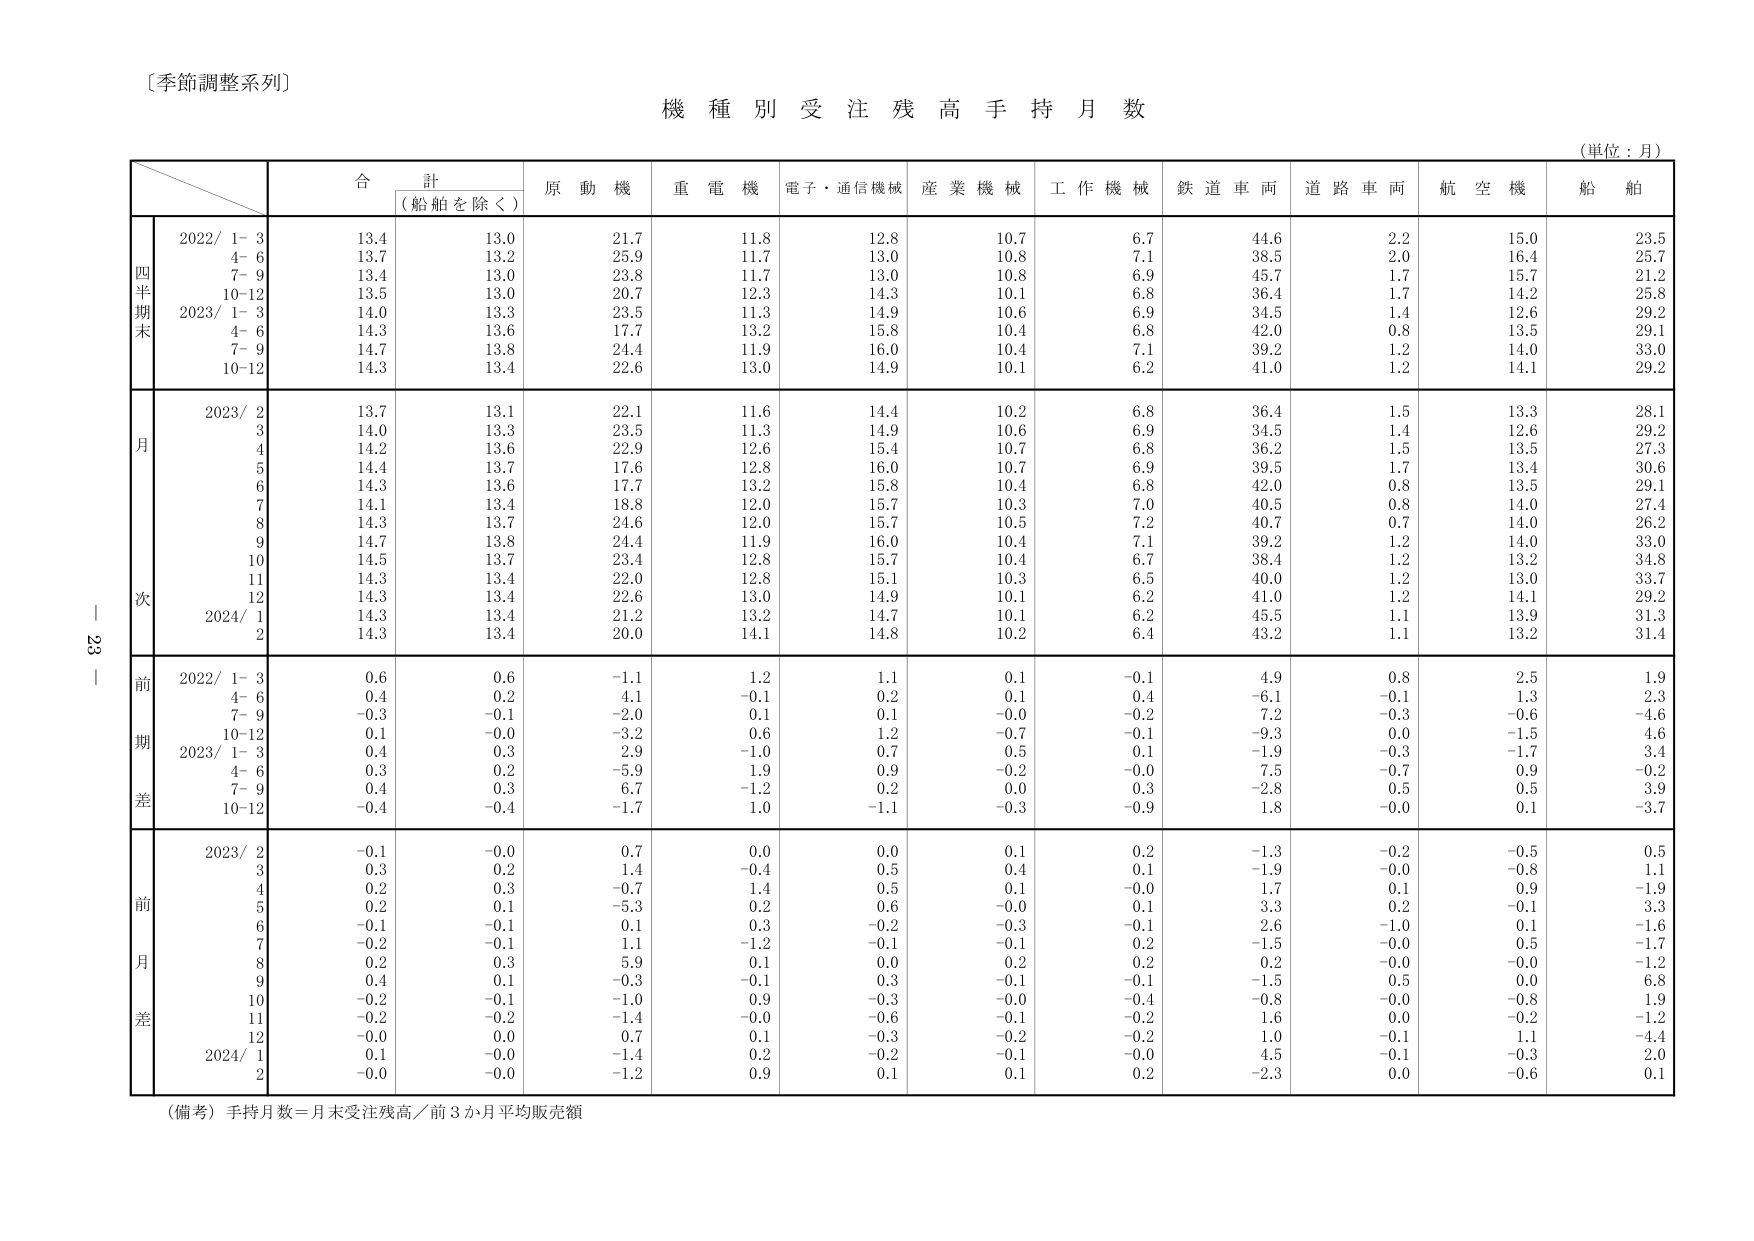
〔季節調整系列〕
機 種 別 受 注 残 高 手 持 月 数
（単位：月）
合 計
（船舶を除く）
原 動 機
重 電 機
電子・通信機械
産 業 機 械
工 作 機 械
鉄 道 車 両
道 路 車 両
航 空 機
船 舶
四
半
期
末
2022/ 1- 3
13.4
13.0
21.7
11.8
12.8
10.7
6.7
44.6
2.2
15.0
23.5
4- 6
13.7
13.2
25.9
11.7
13.0
10.8
7.1
38.5
2.0
16.4
25.7
7- 9
13.4
13.0
23.8
11.7
13.0
10.8
6.9
45.7
1.7
15.7
21.2
10-12
13.5
13.0
20.7
12.3
14.3
10.1
6.8
36.4
1.7
14.2
25.8
2023/ 1- 3
14.0
13.3
23.5
11.3
14.9
10.6
6.9
34.5
1.4
12.6
29.2
4- 6
14.3
13.6
17.7
13.2
15.8
10.4
6.8
42.0
0.8
13.5
29.1
7- 9
14.7
13.8
24.4
11.9
16.0
10.4
7.1
39.2
1.2
14.0
33.0
10-12
14.3
13.4
22.6
13.0
14.9
10.1
6.2
41.0
1.2
14.1
29.2
月
次
2023/ 2
13.7
13.1
22.1
11.6
14.4
10.2
6.8
36.4
1.5
13.3
28.1
3
14.0
13.3
23.5
11.3
14.9
10.6
6.9
34.5
1.4
12.6
29.2
4
14.2
13.6
22.9
12.6
15.4
10.7
6.8
36.2
1.5
13.5
27.3
5
14.4
13.7
17.6
12.8
16.0
10.7
6.9
39.5
1.7
13.4
30.6
6
14.3
13.6
17.7
13.2
15.8
10.4
6.8
42.0
0.8
13.5
29.1
7
14.1
13.4
18.8
12.0
15.7
10.3
7.0
40.5
0.8
14.0
27.4
8
14.3
13.7
24.6
12.0
15.7
10.5
7.2
40.7
0.7
14.0
26.2
9
14.7
13.8
24.4
11.9
16.0
10.4
7.1
39.2
1.2
14.0
33.0
10
14.5
13.7
23.4
12.8
15.7
10.4
6.7
38.4
1.2
13.2
34.8
11
14.3
13.4
22.0
12.8
15.1
10.3
6.5
40.0
1.2
13.0
33.7
12
14.3
13.4
22.6
13.0
14.9
10.1
6.2
41.0
1.2
14.1
29.2
2024/ 1
14.3
13.4
21.2
13.2
14.7
10.1
6.2
45.5
1.1
13.9
31.3
2
14.3
13.4
20.0
14.1
14.8
10.2
6.4
43.2
1.1
13.2
31.4
前
期
差
2022/ 1- 3
0.6
0.6
-1.1
1.2
1.1
0.1
-0.1
4.9
0.8
2.5
1.9
4- 6
0.4
0.2
4.1
-0.1
0.2
0.1
0.4
-6.1
-0.1
1.3
2.3
7- 9
-0.3
-0.1
-2.0
0.1
0.1
-0.0
-0.2
7.2
-0.3
-0.6
-4.6
10-12
0.1
-0.0
-3.2
0.6
1.2
-0.7
-0.1
-9.3
0.0
-1.5
4.6
2023/ 1- 3
0.4
0.3
2.9
-1.0
0.7
0.5
0.1
-1.9
-0.3
-1.7
3.4
4- 6
0.3
0.2
-5.9
1.9
0.9
-0.2
-0.0
7.5
-0.7
0.9
-0.2
7- 9
0.4
0.3
6.7
-1.2
0.2
0.0
0.3
-2.8
0.5
0.5
3.9
10-12
-0.4
-0.4
-1.7
1.0
-1.1
-0.3
-0.9
1.8
-0.0
0.1
-3.7
前
月
差
2023/ 2
-0.1
-0.0
0.7
0.0
0.0
0.1
0.2
-1.3
-0.2
-0.5
0.5
3
0.3
0.2
1.4
-0.4
0.5
0.4
0.1
-1.9
-0.0
-0.8
1.1
4
0.2
0.3
-0.7
1.4
0.5
0.1
-0.0
1.7
0.1
0.9
-1.9
5
0.2
0.1
-5.3
0.2
0.6
-0.0
0.1
3.3
0.2
-0.1
3.3
6
-0.1
-0.1
0.1
0.3
-0.2
-0.3
-0.1
2.6
-1.0
0.1
-1.6
7
-0.2
-0.1
1.1
-1.2
-0.1
-0.1
0.2
-1.5
-0.0
0.5
-1.7
8
0.2
0.3
5.9
0.1
0.0
0.2
0.2
0.2
-0.0
-0.0
-1.2
9
0.4
0.1
-0.3
-0.1
0.3
-0.1
-0.1
-1.5
0.5
0.0
6.8
10
-0.2
-0.1
-1.0
0.9
-0.3
-0.0
-0.4
-0.8
-0.0
-0.8
1.9
11
-0.2
-0.2
-1.4
-0.0
-0.6
-0.1
-0.2
1.6
0.0
-0.2
-1.2
12
-0.0
0.0
0.7
0.1
-0.3
-0.2
-0.2
1.0
-0.1
1.1
-4.4
2024/ 1
0.1
-0.0
-1.4
0.2
-0.2
-0.1
-0.0
4.5
-0.1
-0.3
2.0
2
-0.0
-0.0
-1.2
0.9
0.1
0.1
0.2
-2.3
0.0
-0.6
0.1
（備考）手持月数＝月末受注残高／前3か月平均販売額
23